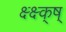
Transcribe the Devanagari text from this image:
क्ष्क्ष्क्ष्